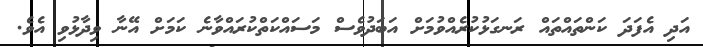
އަދި އެފަދަ ކަންތައްތައް ރަނގަޅުކުރެއްވުމަށް އަބަދުވެސް މަސައްކަތްކުރައްވާނެ ކަމަށް އޭނާ ވިދާޅުވި އެވެ.